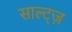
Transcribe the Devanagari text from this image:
साल्ट्ज़